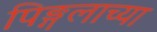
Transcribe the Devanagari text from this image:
पिङ्गलाच्या